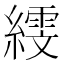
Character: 𦅙